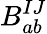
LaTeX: B_{ab}^{IJ}